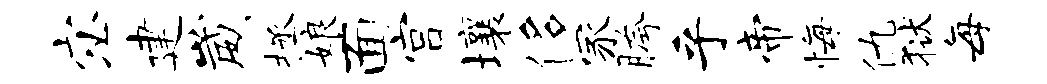
宓建崴拯娘面宫壤侈冢胯乎帝悔仇狱每